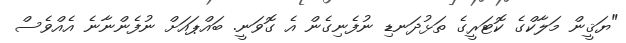
"ޔަޤީން މަލާކްގެ ކޮޓަރީގެ ތަޅުދަނޑި ނުފެނިގެން އެ ގޮވަނީ. ބައްޕައަށް ނުފެންނާނެ އެއްވެސް